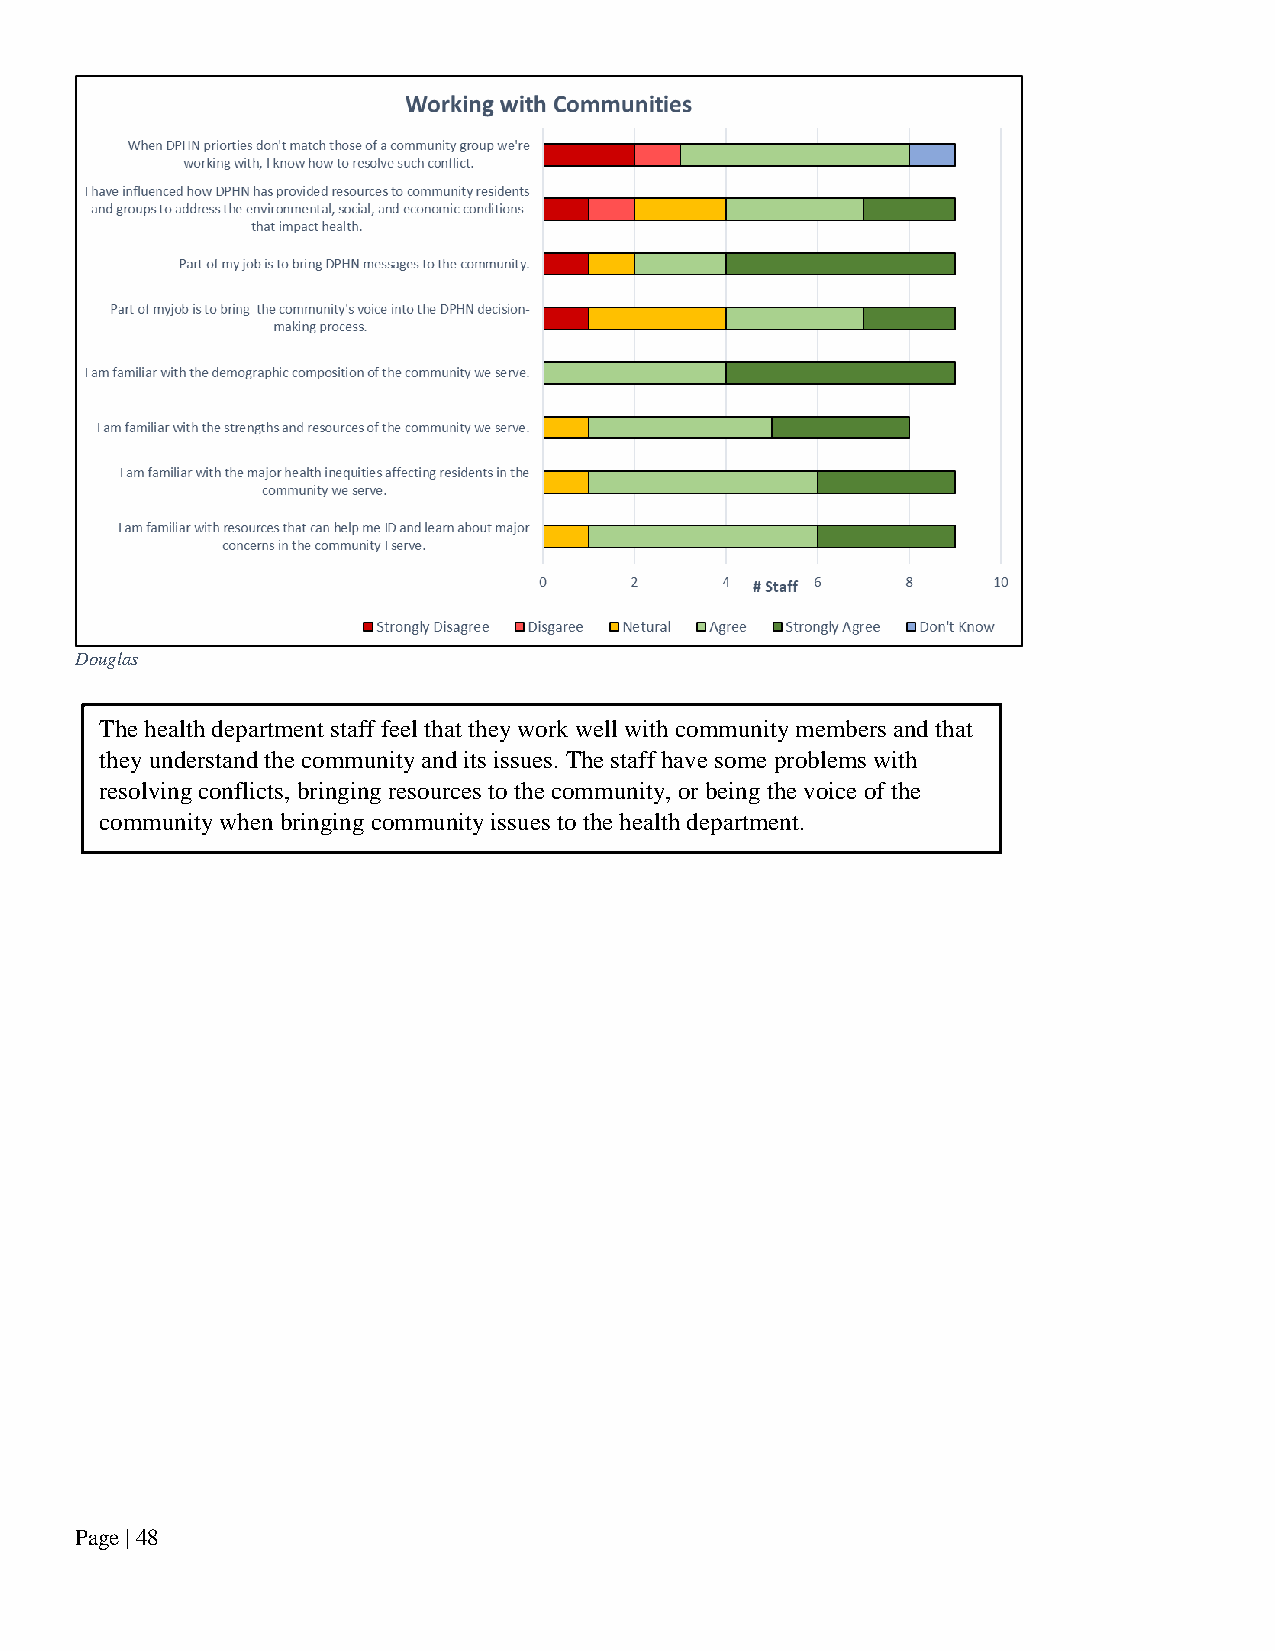
Douglas
 The health department staff feel that they work well with community members and that
 they understand the community and its issues. The staff have some problems with
 resolving conflicts, bringing resources to the community, or being the voice of the
 community when bringing community issues to the health department.
 Page | 48